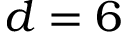
d = 6